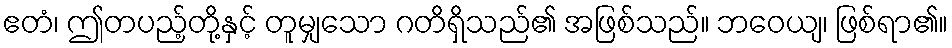
ဧတံ၊ ဤတပည့်တို့နှင့် တူမျှသော ဂတိရှိသည်၏ အဖြစ်သည်။ ဘဝေယျ၊ ဖြစ်ရာ၏။